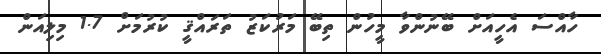
ހާއްސަ އެހީއަށް ބޭނުންވާ މީހުން ތިބޭ މަރުކަޒު ތަރައްޤީ ކުރުމަށް 1.7 މިލިއަން